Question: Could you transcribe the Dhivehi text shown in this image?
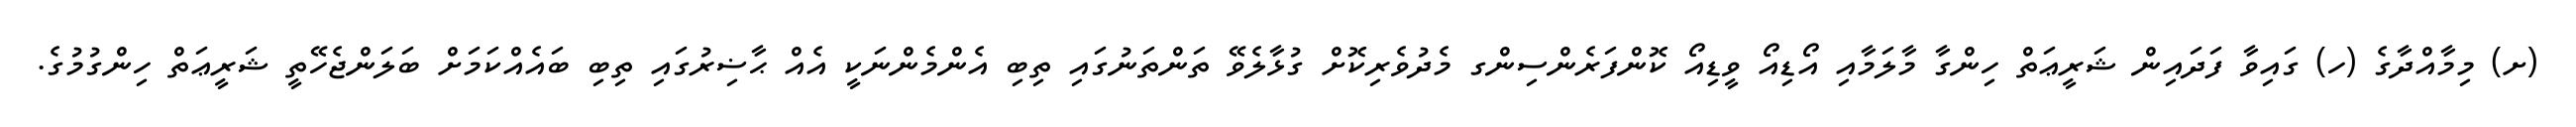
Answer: (ށ) މިމާއްދާގެ (ހ) ގައިވާ ފަދައިން ޝަރީޢަތް ހިންގާ މާލަމާއި އޯޑިއޯ ވީޑިއޯ ކޮންފަރެންސިންގ މެދުވެރިކޮށް ގުޅާލެވޭ ތަންތަނުގައި ތިބި އެންމެންނަކީ އެއް ޙާޟިރުގައި ތިބި ބައެއްކަމަށް ބަލަންޖެހޭތީ ޝަރީޢަތް ހިންގުމުގެ.